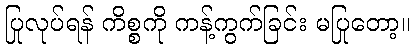
ပြုလုပ်ရန် ကိစ္စကို ကန့်ကွက်ခြင်း မပြုတော့။